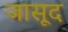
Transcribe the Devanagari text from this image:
जासूद